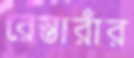
রেস্তারাঁর